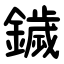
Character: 鐬